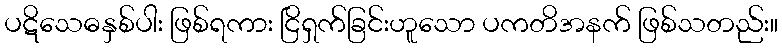
ပဋိသေဓနှစ်ပါး ဖြစ်ရကား ငြိရှက်ခြင်းဟူသော ပကတိအနက် ဖြစ်သတည်း။